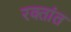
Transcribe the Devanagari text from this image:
रक्तांत